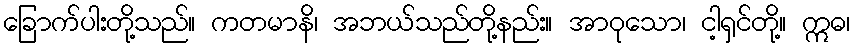
ခြောက်ပါးတို့သည်။ ကတမာနိ၊ အဘယ်သည်တို့နည်း။ အာဝုသော၊ ငါ့ရှင်တို့။ ဣဓ၊